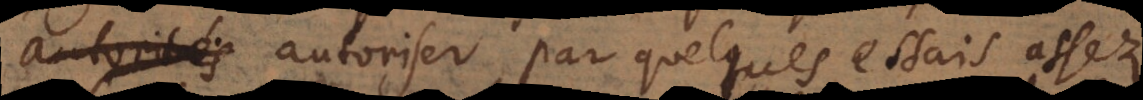
autoriser par quelques essais assez